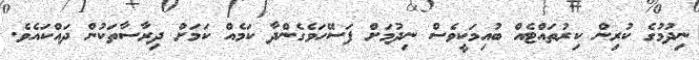
ނިދުމުގެ ކުރިން ކިރުތައްޓެއް ބުއިމަކީވެސް ނިދުމަށް ފަސޭހަވެގެންދާ ކަމެއް ކަމަށް ދިރާސާތަކުން ދައްކައެވެ.